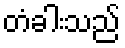
တံခါးသည်